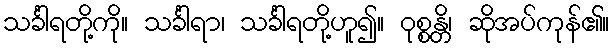
သင်္ခါရတို့ကို။ သင်္ခါရာ၊ သင်္ခါရတို့ဟူ၍။ ဝုစ္စန္တိ၊ ဆိုအပ်ကုန်၏။